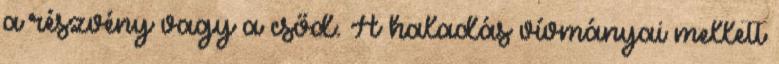
a részvény vagy a csőd. A haladás vívmányai mellett